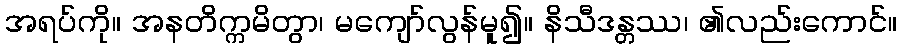
အရပ်ကို။ အနတိက္ကမိတွာ၊ မကျော်လွန်မူ၍။ နိသီဒန္တဿ၊ ၏လည်းကောင်။